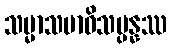
သမ္မာသမာဓိသမ္ပန္နဿ